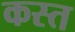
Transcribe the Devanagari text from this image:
कस्त